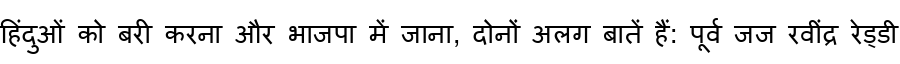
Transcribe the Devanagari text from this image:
हिंदुओं को बरी करना और भाजपा में जाना, दोनों अलग बातें हैं: पूर्व जज रवींद्र रेड्डी